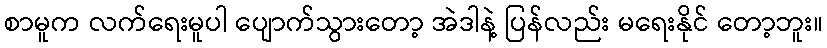
စာမူက လက်ရေးမူပါ ပျောက်သွားတော့ အဲဒါနဲ့ ပြန်လည်း မရေးနိုင် တော့ဘူး။